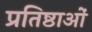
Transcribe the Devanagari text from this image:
प्रतिष्ठाओं